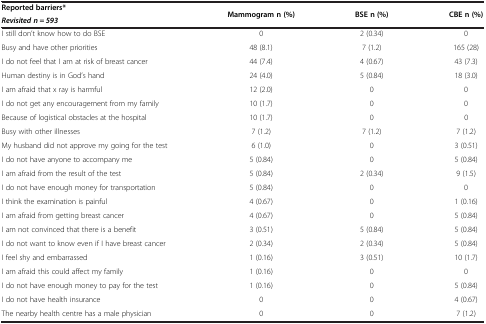
| Reported barriers* | <ROWSPAN=2> Mammogram n (%) | <ROWSPAN=2> BSE n (%) | <ROWSPAN=2> CBE n (%) |
 | Revisited n = 593 |
 | --- | --- | --- | --- |
 | I still don’t know how to do BSE | 0 | 2 (0.34) | 0 |
 | Busy and have other priorities | 48 (8.1) | 7 (1.2) | 165 (28) |
 | I do not feel that I am at risk of breast cancer | 44 (7.4) | 4 (0.67) | 43 (7.3) |
 | Human destiny is in God’s hand | 24 (4.0) | 5 (0.84) | 18 (3.0) |
 | I am afraid that x ray is harmful | 12 (2.0) | 0 | 0 |
 | I do not get any encouragement from my family | 10 (1.7) | 0 | 0 |
 | Because of logistical obstacles at the hospital | 10 (1.7) | 0 | 0 |
 | Busy with other illnesses | 7 (1.2) | 7 (1.2) | 7 (1.2) |
 | My husband did not approve my going for the test | 6 (1.0) | 0 | 3 (0.51) |
 | I do not have anyone to accompany me | 5 (0.84) | 0 | 5 (0.84) |
 | I am afraid from the result of the test | 5 (0.84) | 2 (0.34) | 9 (1.5) |
 | I do not have enough money for transportation | 5 (0.84) | 0 | 0 |
 | I think the examination is painful | 4 (0.67) | 0 | 1 (0.16) |
 | I am afraid from getting breast cancer | 4 (0.67) | 0 | 5 (0.84) |
 | I am not convinced that there is a benefit | 3 (0.51) | 5 (0.84) | 5 (0.84) |
 | I do not want to know even if I have breast cancer | 2 (0.34) | 2 (0.34) | 5 (0.84) |
 | I feel shy and embarrassed | 1 (0.16) | 3 (0.51) | 10 (1.7) |
 | I am afraid this could affect my family | 1 (0.16) | 0 | 0 |
 | I do not have enough money to pay for the test | 1 (0.16) | 0 | 5 (0.84) |
 | I do not have health insurance | 0 | 0 | 4 (0.67) |
 | The nearby health centre has a male physician | 0 | 0 | 7 (1.2) |